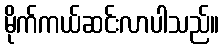
မိုက်ကယ်ဆင်းလာပါသည်။